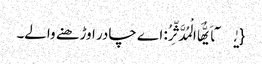
{یٰۤاَیُّهَا الْمُدَّثِّرُ: اے چادر اوڑھنے والے۔